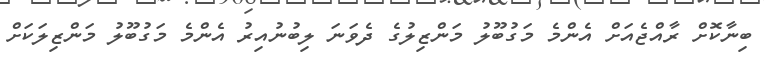
ބިނާކޮށް ރާއްޖެއަށް އެންމެ މަގުބޫލު މަންޒިލުގެ ދެވަނަ ލިބުނުއިރު އެންމެ މަގުބޫލު މަންޒިލަކަށް